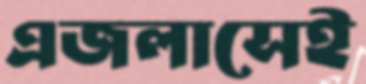
এজলাসেই